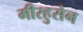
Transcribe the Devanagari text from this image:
मीरहुसेन